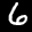
Label: 6